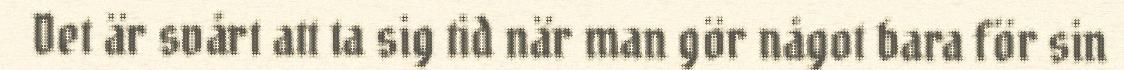
Det är svårt att ta sig tid när man gör något bara för sin